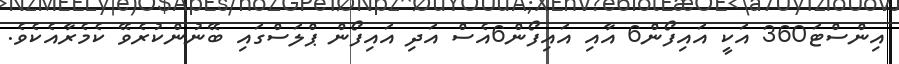
އިންސްޓަ360 އަކީ އައިފޯން6 އާއި އައިފޯން6އެސް އަދި އައިފޯން ޕްލަސްގައި ބޭނުންކުރެވޭ ކެމެރާއެކެވެ.